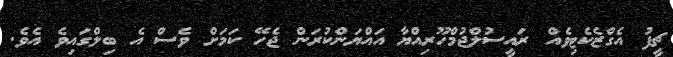
ޗީފު އެގްޒެކެޓިވެއް ރައީސުލްޖުމްހޫރިއްޔާ އައްޔަންކުރަން ޖެހޭ ކަމަށް ވެސް އެ ބިލްގައިވެ އެވެ.